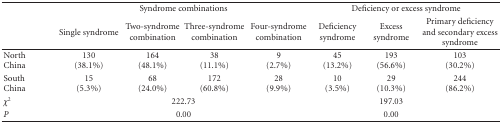
| <ROWSPAN=2>  | <COLSPAN=4> Syndrome combinations | <COLSPAN=3> Deficiency or excess syndrome |
 | Single syndrome | Two-syndrome combination | Three-syndrome combination | Four-syndrome combination | Deficiency syndrome | Excess syndrome | Primary deficiency and secondary excess syndrome |
 | --- | --- | --- | --- | --- | --- | --- | --- |
 | NorthChina | 130 (38.1%) | 164 (48.1%) | 38 (11.1%) | 9 (2.7%) | 45 (13.2%) | 193 (56.6%) | 103 (30.2%) |
 | SouthChina | 15 (5.3%) | 68 (24.0%) | 172 (60.8%) | 28 (9.9%) | 10 (3.5%) | 29 (10.3%) | 244 (86.2%) |
 | χ2 | <COLSPAN=4> 222.73 |  | 197.03 |  |
 | P | <COLSPAN=4> 0.00 |  | 0.00 |  |